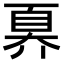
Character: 奡